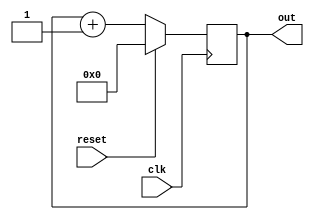
module up_count_syn(clk,reset,out);
  input clk, reset;
  output[3:0]out;
  reg [3:0]temp;
  always@(posedge clk)
  begin
    if(reset)
      temp <= 4'd0;
    else
      temp <= temp +4'd1;
  end
  assign out = temp;
endmodule